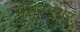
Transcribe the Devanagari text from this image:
मंसूरनगर